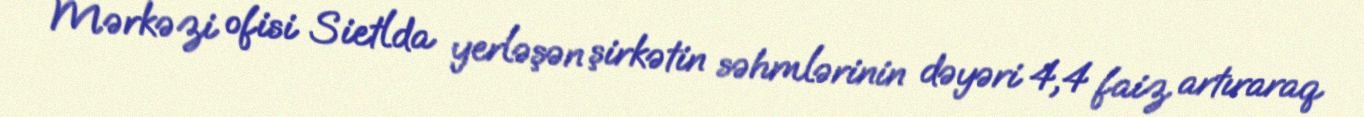
Mərkəzi ofisi Sietlda yerləşən şirkətin səhmlərinin dəyəri 4,4 faiz artıraraq